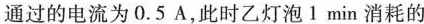
通过的电流为0.5A，此时乙灯泡1min消耗的